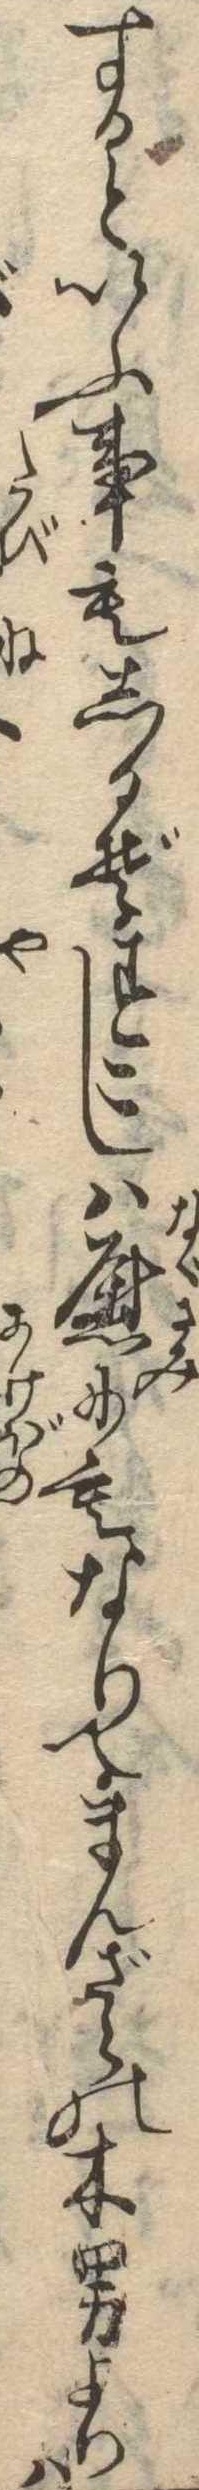
するといふ事もしるぞすこしは慰にもなりてまんざらの木男よりは